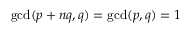
\operatorname* { g c d } ( p + n q , q ) = \operatorname* { g c d } ( p , q ) = 1